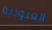
العبودية